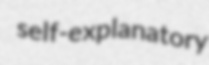
self-explanatory